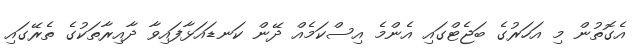
އެގޮތުން މި އަހަރުގެ ބަޖެޓްގައި އެންމެ އިސްކަމެއް ދޭން ކަނޑައަޅާފައިވާ ދާއިރާތަކުގެ ތެރޭގައި